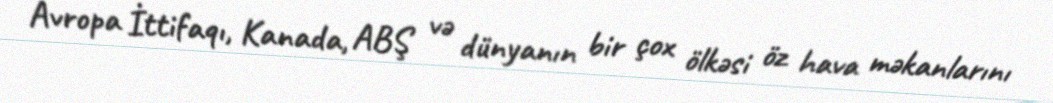
Avropa İttifaqı, Kanada, ABŞ və dünyanın bir çox ölkəsi öz hava məkanlarını